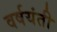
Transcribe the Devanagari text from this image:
वर्षयंती